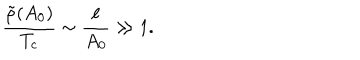
LaTeX: \frac { \tilde { \rho } ( A _ { 0 } ) } { T _ { c } } \sim \frac { \ell } { A _ { 0 } } \gg 1 .